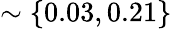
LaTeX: \sim\{ 0.03,0.21\}